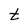
Character: t